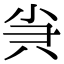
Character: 𡭩